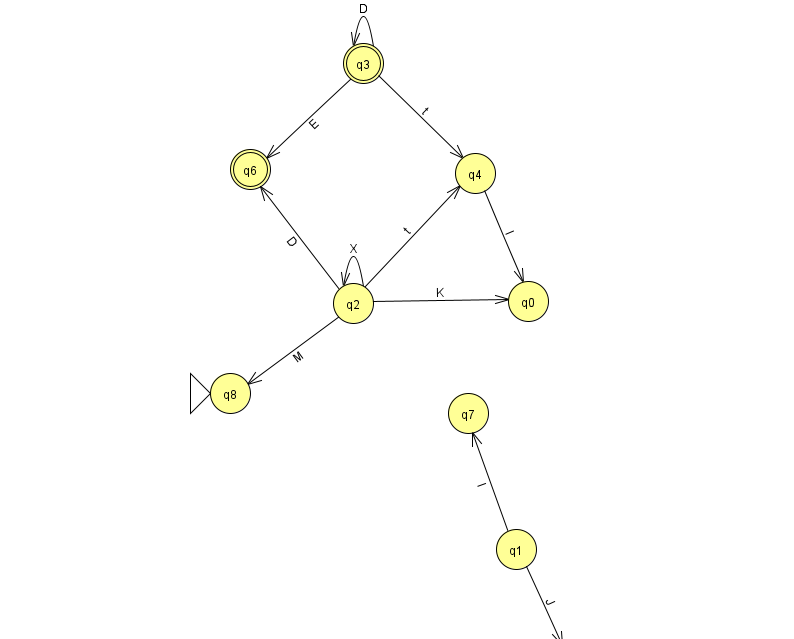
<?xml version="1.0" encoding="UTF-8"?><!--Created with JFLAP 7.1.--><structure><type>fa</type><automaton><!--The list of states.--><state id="0" name="q0"><x>528.0</x><y>288.0</y></state><state id="1" name="q1"><x>516.0</x><y>536.0</y></state><state id="2" name="q2"><x>353.0</x><y>290.0</y></state><state id="3" name="q3"><x>363.0</x><y>50.0</y><final/></state><state id="4" name="q4"><x>475.0</x><y>160.0</y></state><state id="5" name="q5"><x>567.0</x><y>651.0</y><final/></state><state id="6" name="q6"><x>250.0</x><y>156.0</y><final/></state><state id="7" name="q7"><x>468.0</x><y>400.0</y></state><state id="8" name="q8"><x>230.0</x><y>380.0</y><initial/></state><!--The list of transitions.--><transition><from>2</from><to>4</to><read>t</read></transition><transition><from>3</from><to>3</to><read>D</read></transition><transition><from>3</from><to>4</to><read>t</read></transition><transition><from>1</from><to>7</to><read>I</read></transition><transition><from>2</from><to>0</to><read>K</read></transition><transition><from>2</from><to>2</to><read>X</read></transition><transition><from>1</from><to>5</to><read>J</read></transition><transition><from>2</from><to>8</to><read>M</read></transition><transition><from>3</from><to>6</to><read>E</read></transition><transition><from>2</from><to>6</to><read>D</read></transition><transition><from>4</from><to>0</to><read>l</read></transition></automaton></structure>